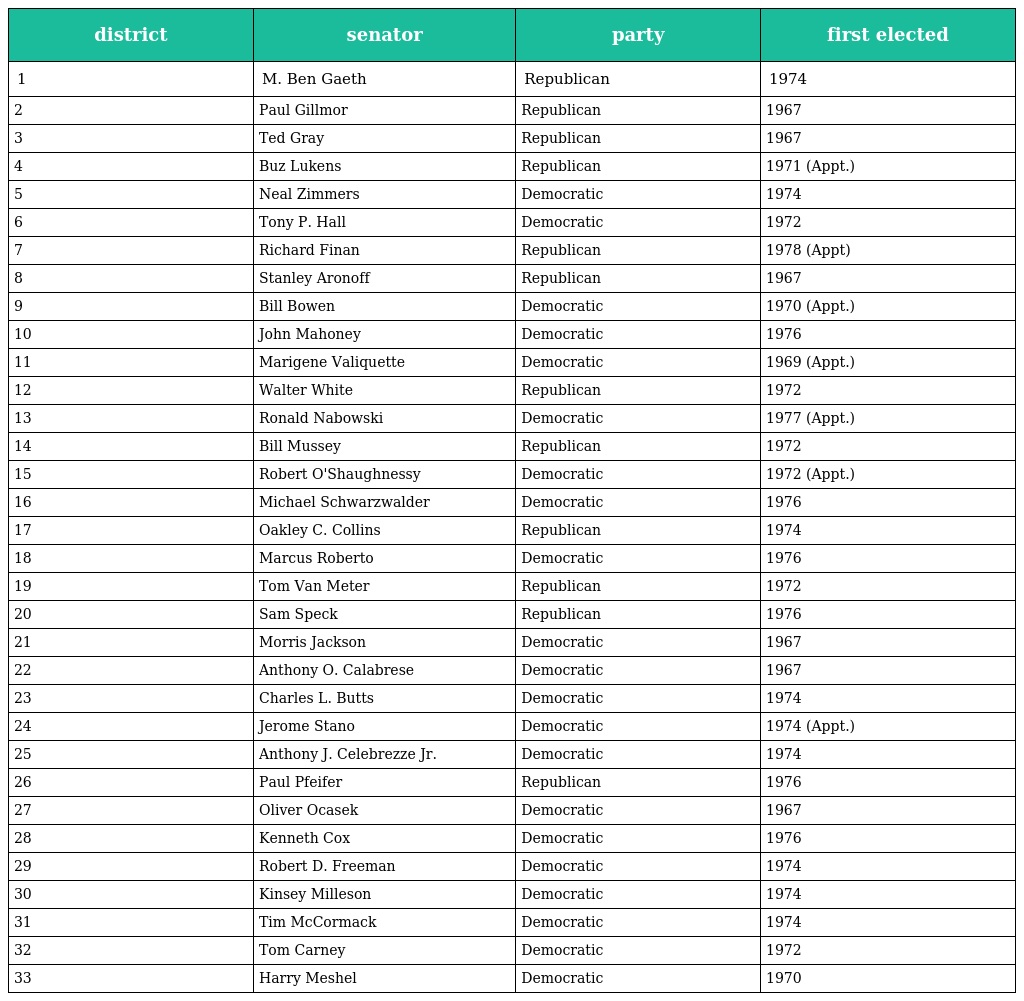
| district | senator | party | first elected |
 | --- | --- | --- | --- |
 | 1 | M. Ben Gaeth | Republican | 1974 |
 | 2 | Paul Gillmor | Republican | 1967 |
 | 3 | Ted Gray | Republican | 1967 |
 | 4 | Buz Lukens | Republican | 1971 (Appt.) |
 | 5 | Neal Zimmers | Democratic | 1974 |
 | 6 | Tony P. Hall | Democratic | 1972 |
 | 7 | Richard Finan | Republican | 1978 (Appt) |
 | 8 | Stanley Aronoff | Republican | 1967 |
 | 9 | Bill Bowen | Democratic | 1970 (Appt.) |
 | 10 | John Mahoney | Democratic | 1976 |
 | 11 | Marigene Valiquette | Democratic | 1969 (Appt.) |
 | 12 | Walter White | Republican | 1972 |
 | 13 | Ronald Nabowski | Democratic | 1977 (Appt.) |
 | 14 | Bill Mussey | Republican | 1972 |
 | 15 | Robert O'Shaughnessy | Democratic | 1972 (Appt.) |
 | 16 | Michael Schwarzwalder | Democratic | 1976 |
 | 17 | Oakley C. Collins | Republican | 1974 |
 | 18 | Marcus Roberto | Democratic | 1976 |
 | 19 | Tom Van Meter | Republican | 1972 |
 | 20 | Sam Speck | Republican | 1976 |
 | 21 | Morris Jackson | Democratic | 1967 |
 | 22 | Anthony O. Calabrese | Democratic | 1967 |
 | 23 | Charles L. Butts | Democratic | 1974 |
 | 24 | Jerome Stano | Democratic | 1974 (Appt.) |
 | 25 | Anthony J. Celebrezze Jr. | Democratic | 1974 |
 | 26 | Paul Pfeifer | Republican | 1976 |
 | 27 | Oliver Ocasek | Democratic | 1967 |
 | 28 | Kenneth Cox | Democratic | 1976 |
 | 29 | Robert D. Freeman | Democratic | 1974 |
 | 30 | Kinsey Milleson | Democratic | 1974 |
 | 31 | Tim McCormack | Democratic | 1974 |
 | 32 | Tom Carney | Democratic | 1972 |
 | 33 | Harry Meshel | Democratic | 1970 |